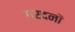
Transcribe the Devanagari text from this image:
गरदनों